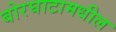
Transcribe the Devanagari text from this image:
बोरघाटामधील